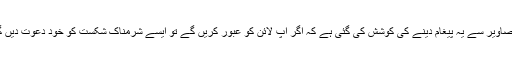
ان تصاویر سے یہ پیغام دینے کی کوشش کی گئی ہے کہ اگر آپ لائن کو عبور کریں گے تو ایسے شرمناک شکست کو خود دعوت دیں گے۔